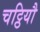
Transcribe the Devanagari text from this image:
चट्ठियौ